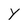
Character: Y